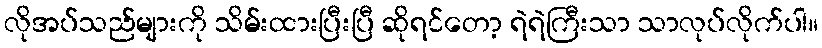
လိုအပ်သည်များကို သိမ်းထားပြီးပြီ ဆိုရင်တော့ ရဲရဲကြီးသာ သာလုပ်လိုက်ပါ။